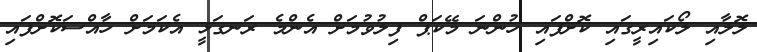
ލޮލާއި ލޯކައިރީގައި ކޮށްފައި ހުންނަ މޭކަޕް ފިލުވުމަށް އެންމެ ރަނގަޅީ އެކަމަށް ހާއްސަކޮށްފައި